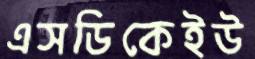
এসডিকেইউ